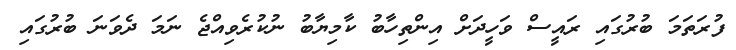
ފުރަތަމަ ބުރުގައި ރައީސް ވަހީދަށް އިންތިހާބު ކާމިޔާބު ނުކުރެވިއްޖެ ނަމަ ދެވަނަ ބުރުގައި